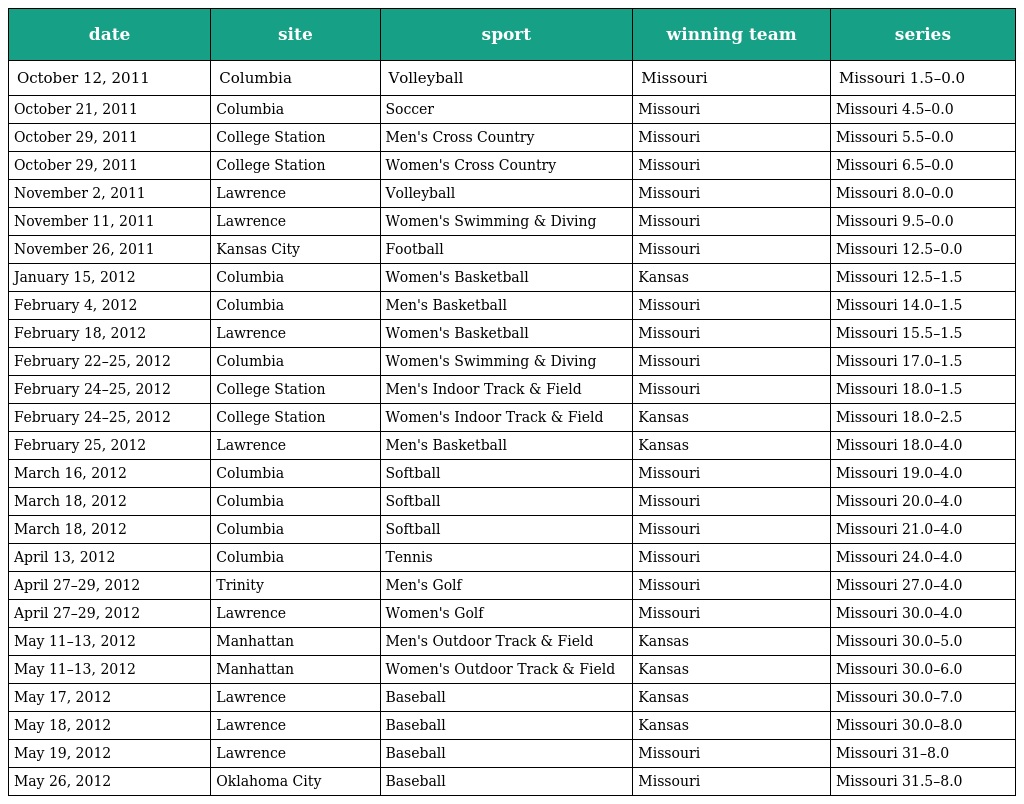
| date | site | sport | winning team | series |
 | --- | --- | --- | --- | --- |
 | October 12, 2011 | Columbia | Volleyball | Missouri | Missouri 1.5–0.0 |
 | October 21, 2011 | Columbia | Soccer | Missouri | Missouri 4.5–0.0 |
 | October 29, 2011 | College Station | Men's Cross Country | Missouri | Missouri 5.5–0.0 |
 | October 29, 2011 | College Station | Women's Cross Country | Missouri | Missouri 6.5–0.0 |
 | November 2, 2011 | Lawrence | Volleyball | Missouri | Missouri 8.0–0.0 |
 | November 11, 2011 | Lawrence | Women's Swimming & Diving | Missouri | Missouri 9.5–0.0 |
 | November 26, 2011 | Kansas City | Football | Missouri | Missouri 12.5–0.0 |
 | January 15, 2012 | Columbia | Women's Basketball | Kansas | Missouri 12.5–1.5 |
 | February 4, 2012 | Columbia | Men's Basketball | Missouri | Missouri 14.0–1.5 |
 | February 18, 2012 | Lawrence | Women's Basketball | Missouri | Missouri 15.5–1.5 |
 | February 22–25, 2012 | Columbia | Women's Swimming & Diving | Missouri | Missouri 17.0–1.5 |
 | February 24–25, 2012 | College Station | Men's Indoor Track & Field | Missouri | Missouri 18.0–1.5 |
 | February 24–25, 2012 | College Station | Women's Indoor Track & Field | Kansas | Missouri 18.0–2.5 |
 | February 25, 2012 | Lawrence | Men's Basketball | Kansas | Missouri 18.0–4.0 |
 | March 16, 2012 | Columbia | Softball | Missouri | Missouri 19.0–4.0 |
 | March 18, 2012 | Columbia | Softball | Missouri | Missouri 20.0–4.0 |
 | March 18, 2012 | Columbia | Softball | Missouri | Missouri 21.0–4.0 |
 | April 13, 2012 | Columbia | Tennis | Missouri | Missouri 24.0–4.0 |
 | April 27–29, 2012 | Trinity | Men's Golf | Missouri | Missouri 27.0–4.0 |
 | April 27–29, 2012 | Lawrence | Women's Golf | Missouri | Missouri 30.0–4.0 |
 | May 11–13, 2012 | Manhattan | Men's Outdoor Track & Field | Kansas | Missouri 30.0–5.0 |
 | May 11–13, 2012 | Manhattan | Women's Outdoor Track & Field | Kansas | Missouri 30.0–6.0 |
 | May 17, 2012 | Lawrence | Baseball | Kansas | Missouri 30.0–7.0 |
 | May 18, 2012 | Lawrence | Baseball | Kansas | Missouri 30.0–8.0 |
 | May 19, 2012 | Lawrence | Baseball | Missouri | Missouri 31–8.0 |
 | May 26, 2012 | Oklahoma City | Baseball | Missouri | Missouri 31.5–8.0 |